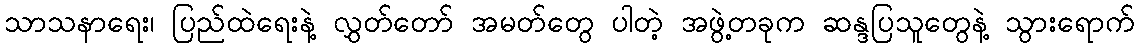
သာသနာရေး၊ ပြည်ထဲရေးနဲ့ လွှတ်တော် အမတ်တွေ ပါတဲ့ အဖွဲ့တခုက ဆန္ဒပြသူတွေနဲ့ သွားရောက်